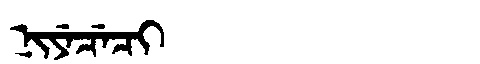
Manchu: ᠨᡳᠶᡝᠴᡝᠴᡳ
Romanization: NIYECECI